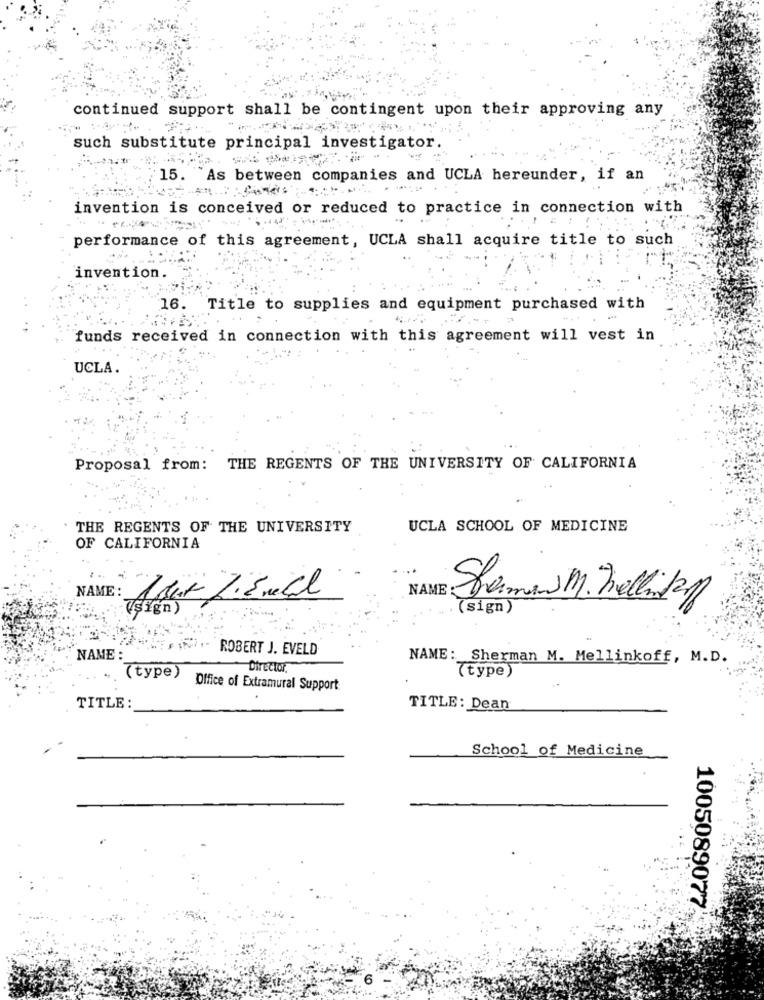
continued support shall be contingent upon their approving any
such substitute principal investigator.
15. As between companies and UCLA hereunder, if an
invention is conceived or reduced to practice in connection with
performance of this agreement, UCLA shall acquire title to such
invention.
16.
Title to supplies and equipment purchased with
funds received in connection with this agreement will vest in
UCLA.
Proposal from: THE REGENTS OF THE UNIVERSITY OF CALIFORNIA
THE REGENTS OF THE UNIVERSITY
UCLA SCHOOL OF MEDICINE
OF CALIFORNIA
NAME
NAME : 1 But Z.5mal
sign)"
Shaman M. hallinta
(sign)
ROBERT J. EVELD
NAME :
NAME: Sherman M. Mellinkoff, M.D.
Director.
(type)
(type)
Office of Extramural Support
..
TITLE:
TITLE: Dean
School of Medicine
1005089077